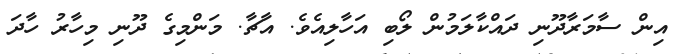
އިން ސާމަރާދޫނި ދައްކާލަމުން ލޯބި އަހާލިއެވެ. އާޗާ. މަންމިގެ ދޫނި މިހާރު ހާދަ